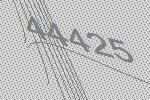
44425